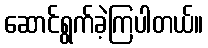
ဆောင်ရွက်ခဲ့ကြပါတယ်။